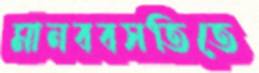
মানববসতিতে